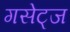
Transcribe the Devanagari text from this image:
गसेट्ज